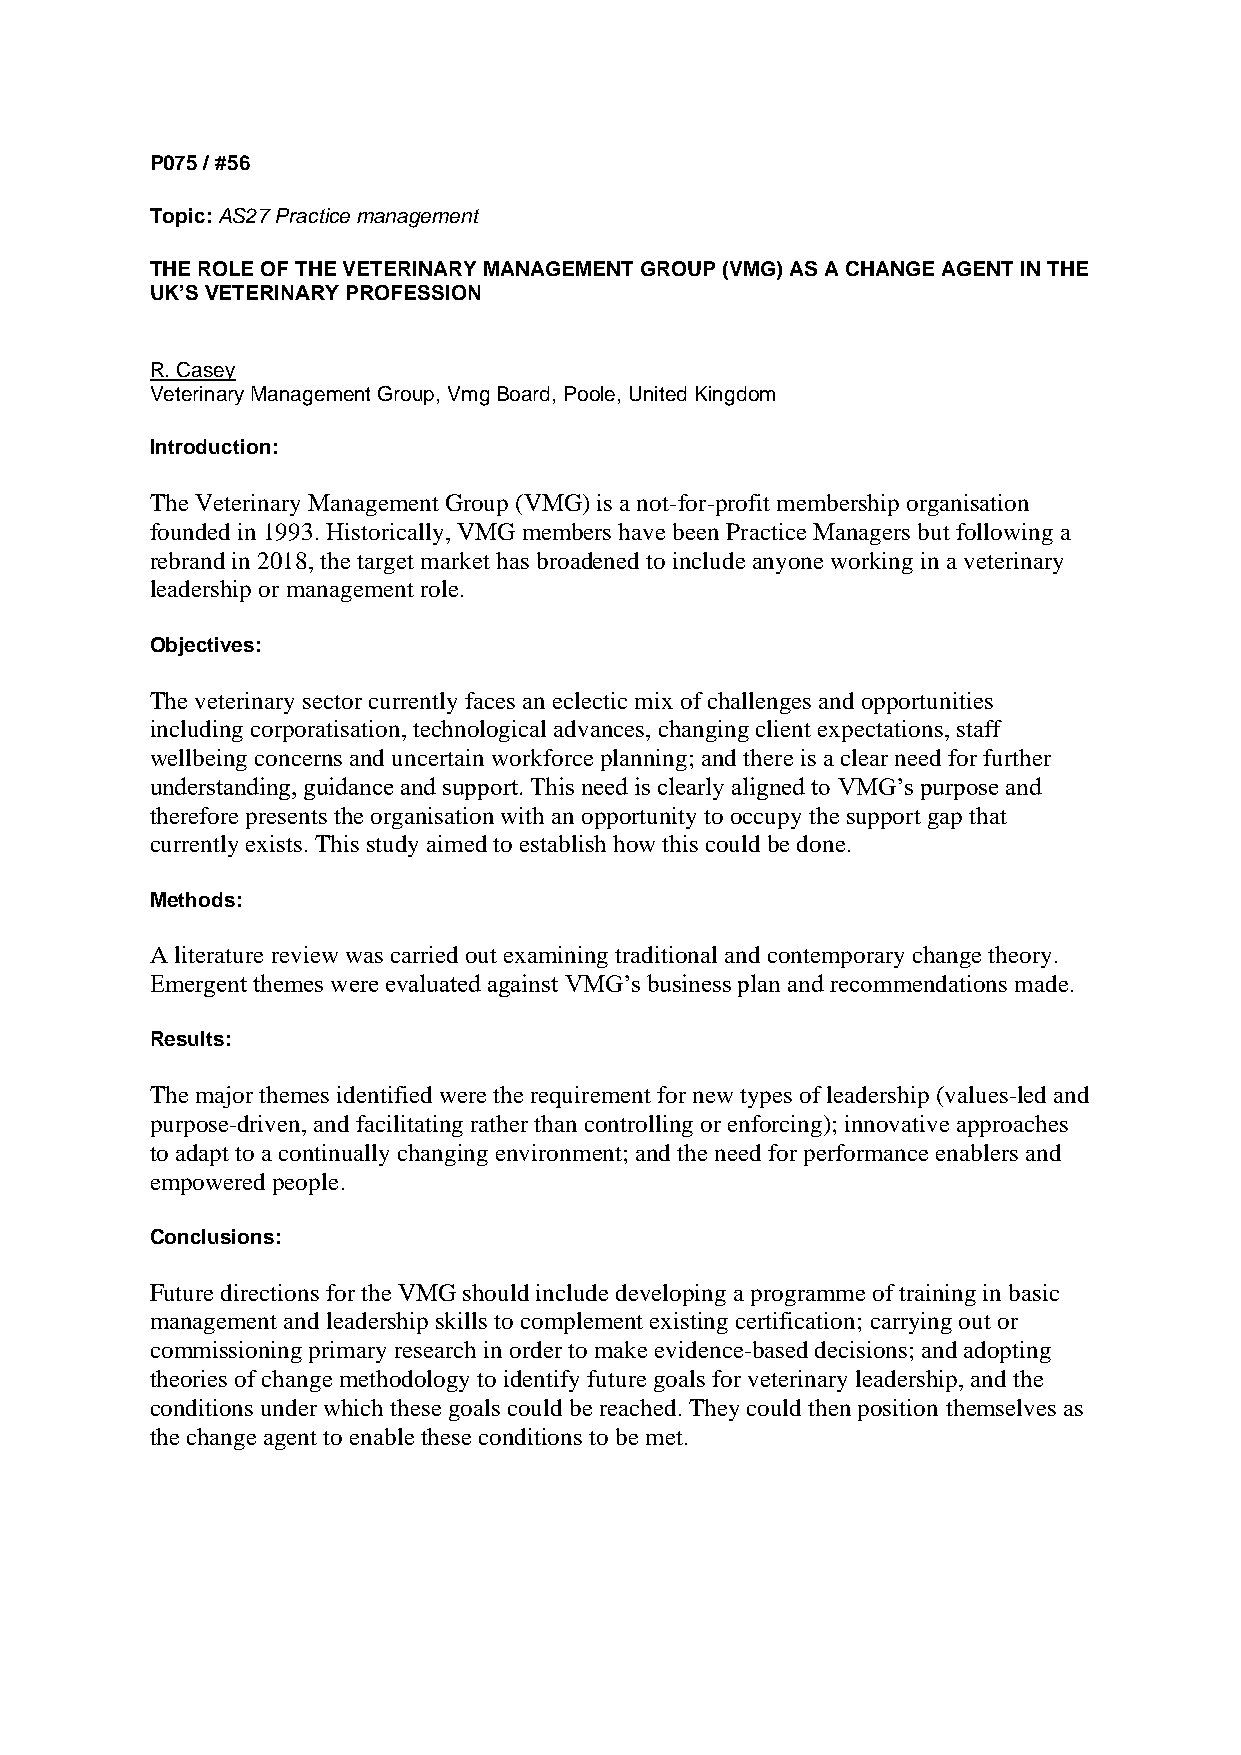
P075 / #56
 Topic: AS27 Practice management
 THE ROLE OF THE VETERINARY MANAGEMENT GROUP (VMG) AS A CHANGE AGENT IN THE
 UK’S VETERINARY PROFESSION
 R. Casey
 Veterinary Management Group, Vmg Board, Poole, United Kingdom
 Introduction:
 The Veterinary Management Group (VMG) is a not-for-profit membership organisation
 founded in 1993. Historically, VMG members have been Practice Managers but following a
 rebrand in 2018, the target market has broadened to include anyone working in a veterinary
 leadership or management role.
 Objectives:
 The veterinary sector currently faces an eclectic mix of challenges and opportunities
 including corporatisation, technological advances, changing client expectations, staff
 wellbeing concerns and uncertain workforce planning; and there is a clear need for further
 understanding, guidance and support. This need is clearly aligned to VMG’s purpose and
 therefore presents the organisation with an opportunity to occupy the support gap that
 currently exists. This study aimed to establish how this could be done.
 Methods:
 A literature review was carried out examining traditional and contemporary change theory.
 Emergent themes were evaluated against VMG’s business plan and recommendations made.
 Results:
 The major themes identified were the requirement for new types of leadership (values-led and
 purpose-driven, and facilitating rather than controlling or enforcing); innovative approaches
 to adapt to a continually changing environment; and the need for performance enablers and
 empowered people.
 Conclusions:
 Future directions for the VMG should include developing a programme of training in basic
 management and leadership skills to complement existing certification; carrying out or
 commissioning primary research in order to make evidence-based decisions; and adopting
 theories of change methodology to identify future goals for veterinary leadership, and the
 conditions under which these goals could be reached. They could then position themselves as
 the change agent to enable these conditions to be met.